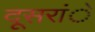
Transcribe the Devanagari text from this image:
दूसरांे